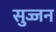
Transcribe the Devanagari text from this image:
सुज्जन